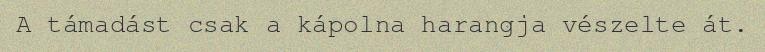
A támadást csak a kápolna harangja vészelte át.